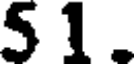
5 1 .